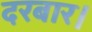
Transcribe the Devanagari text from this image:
दरबार।